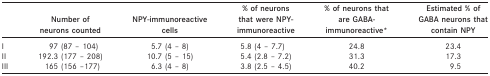
|  | Number of neurons counted | NPY-immunoreactive cells | % of neurons that were NPY- immunoreactive | % of neurons that are GABA- immunoreactive* | Estimated % of GABA neurons that contain NPY |
 | --- | --- | --- | --- | --- | --- |
 | I | 97 (87 – 104) | 5.7 (4 – 8) | 5.8 (4 – 7.7) | 24.8 | 23.4 |
 | II | 192.3 (177 – 208) | 10.7 (5 – 15) | 5.4 (2.8 – 7.2) | 31.3 | 17.3 |
 | III | 165 (156 –177) | 6.3 (4 – 8) | 3.8 (2.5 – 4.5) | 40.2 | 9.5 |